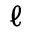
\ell